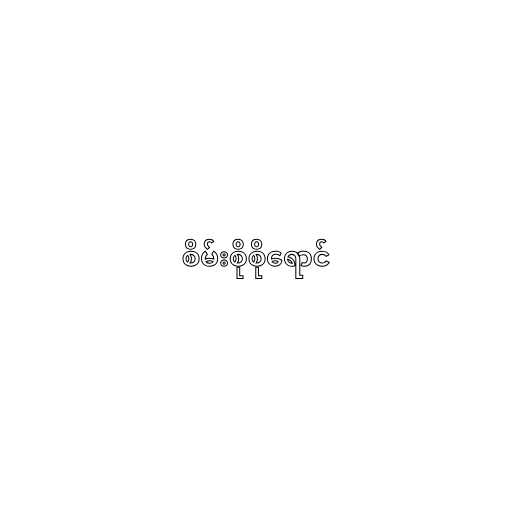
စိမ်းစိုစိုရောင်